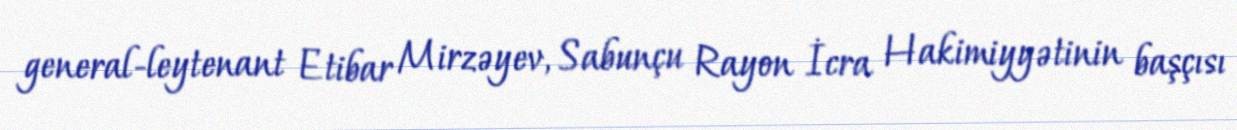
general-leytenant Etibar Mirzəyev, Sabunçu Rayon İcra Hakimiyyətinin başçısı